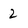
Character: 2